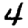
Digit: 4